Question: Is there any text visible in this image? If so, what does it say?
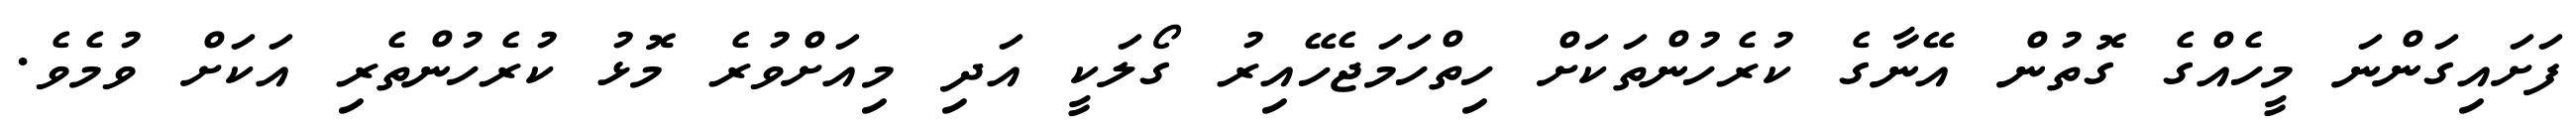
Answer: ފަށައިގަންނަ މީހެއްގެ ގޮތުން އޭނާގެ ކުރެހުންތަކަށް ހިތްހަމަޖެހޭއިރު ގޯލަކީ އަދި މިއަށްވުރެ މޮޅު ކުރެހުންތެރި އަކަށް ވުމެވެ.